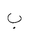
Letter: _ba